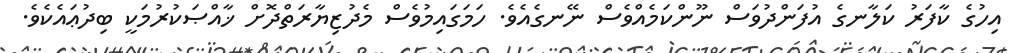
އިހުގެ ކާފަރު ކަލާނގެ އުފަންދުވަސް ނޫންކަމެއްވެސް ނޭނގެއެވެ. ހަމަގައިމުވެސް މެދުޒިޔާރަތްދޮށް ޚާއްޞަކުރުމަކީ ބިދުޢައެކެވެ.